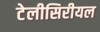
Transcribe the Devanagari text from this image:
टेलीसिरीयल